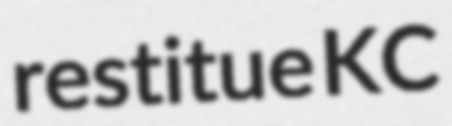
restitue KC